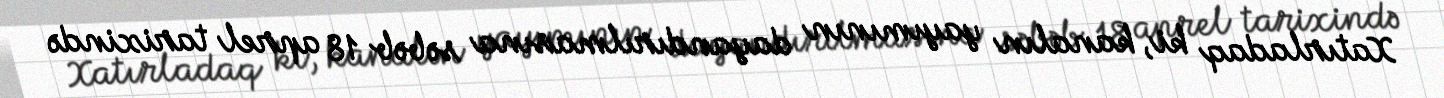
Xatırladaq ki, kanalın yayımının dayandırılmasına səbəb 18 aprel tarixində